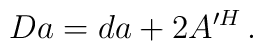
D a = d a + 2 A^{\prime H} \, .